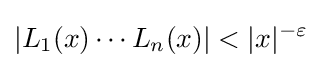
|L_{1}(x)\cdots L_{n}(x)|<|x|^{-\varepsilon }